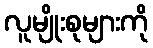
လူမျိုးစုများကို